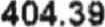
404.39